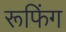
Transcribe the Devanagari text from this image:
रूफिंग